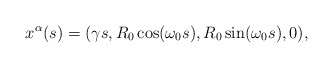
\begin{align*} x^{\alpha}(s)= (\gamma s, R_{0}\cos (\omega _{0}s), R_{0}\sin (\omega _{0}s), 0),\end{align*}